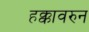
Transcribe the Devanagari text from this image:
हक्कावरुन